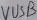
Text: VUSB